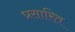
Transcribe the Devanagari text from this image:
प्रसारित